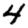
Digit: 4